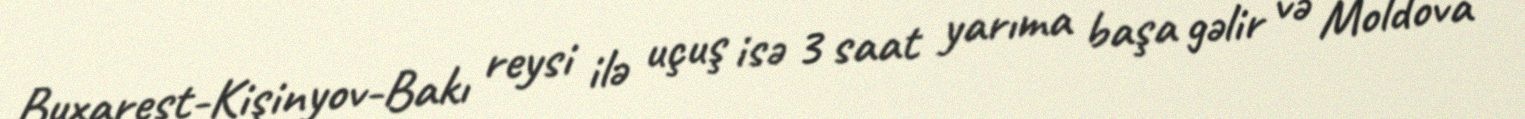
Buxarest-Kişinyov-Bakı reysi ilə uçuş isə 3 saat yarıma başa gəlir və Moldova